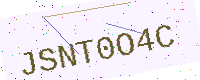
Text: JSNT0O4C